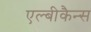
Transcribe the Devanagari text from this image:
एल्बीकैन्स